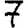
Digit: 7